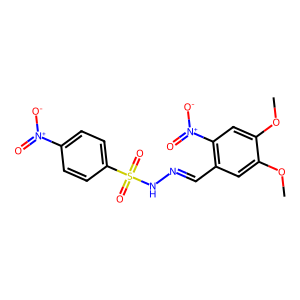
SMILES: COc1cc(C=NNS(=O)(=O)c2ccc([N+](=O)[O-])cc2)c([N+](=O)[O-])cc1OC
Inhibits HIV replication: No